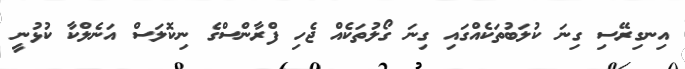
އިނގިރޭސި ގިނަ ކުލަބުތަކެއްގައި ގިނަ ގޯލުތަކެއް ޖެހި ފްރާންސްގެ ނިކޮލަސް އަނެލްކާ ކުޅުނީ